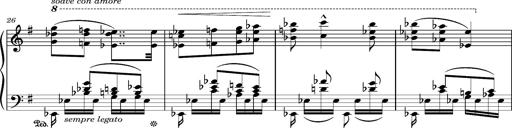
Title: Album-Leaf "Andante religioso"
Composer: Franz Liszt
Key: G major